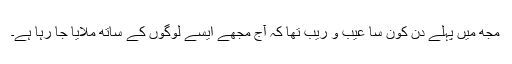
مجھ میں پہلے دن کون سا عیب و ریب تھا کہ آج مجھے ایسے لوگوں کے ساتھ ملایا جا رہا ہے۔